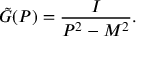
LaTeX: \tilde { G } ( P ) = \frac { I } { P ^ { 2 } - M ^ { 2 } } .